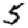
Digit: 5